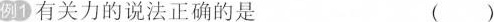
例1 有关力的说法正确的是 ( )